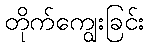
တိုက်ကျွေးခြင်း